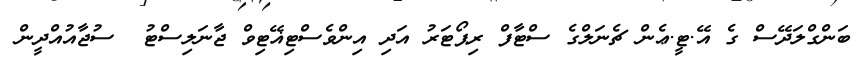
ބަންގްލަދޭސް ގެ އޭ.ޓީ.ޢެން ޗެނަލްގެ ސްޓާފް ރިޕޯޓަރު އަދި އިންވެސްޓިޣޭޓިވް ޖާނަލިސްޓު  ސުޖާއުއްދީން